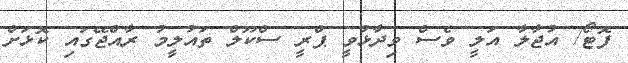
ފޮޓޯ/ އުޖާލާ އަލީ ވެސް ވިދާޅުވީ ޕްރީ ސްކޫލް ތައުލީމު ރާއްޖޭގައި ކޮޅަށް